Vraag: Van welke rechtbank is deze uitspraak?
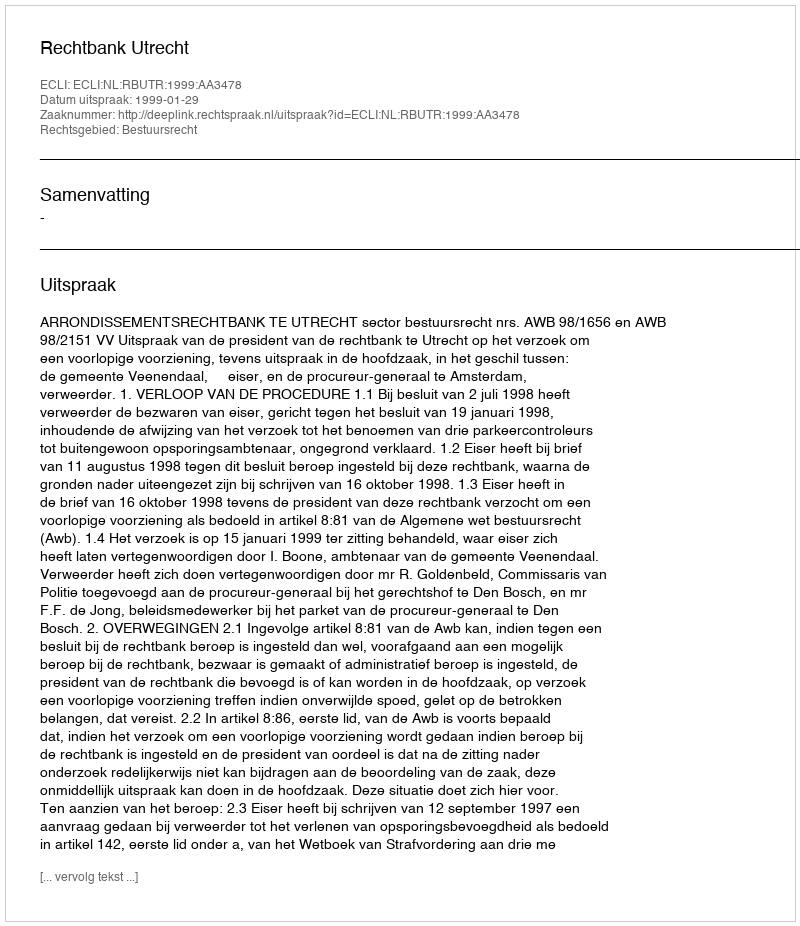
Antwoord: Rechtbank Utrecht